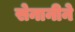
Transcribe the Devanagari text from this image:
सेनानीने